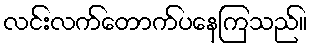
လင်းလက်တောက်ပနေကြသည်။